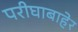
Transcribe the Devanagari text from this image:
परीघाबाहेर